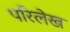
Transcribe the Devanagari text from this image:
परिलेख